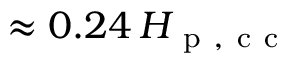
\approx 0 . 2 4 \, H _ { \mathrm { ~ p ~ , ~ c ~ c ~ } }